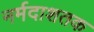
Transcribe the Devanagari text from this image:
नर्मदाशतक